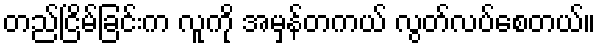
တည်ငြိမ်ခြင်းက လူကို အမှန်တကယ် လွတ်လပ်စေတယ်။